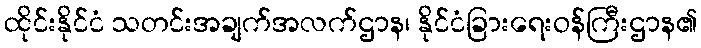
ထိုင်းနိုင်ငံ သတင်းအချက်အလက်ဌာန၊ နိုင်ငံခြားရေးဝန်ကြီးဌာန၏